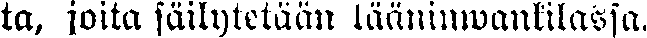
ta, joita säilytetään lääninwankilassa.